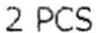
2 PCS